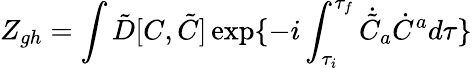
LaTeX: Z_{gh}=\int\tilde{D}[C,\tilde{C}]\exp\{ -i\int_{\tau_{i}}^{\tau_{f}}{}\dot{\tilde{C}}_{a}\dot{C}^{a}{}d\tau\}